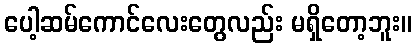
ပေါ့ဆမ်ကောင်လေးတွေလည်း မရှိတော့ဘူး။